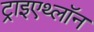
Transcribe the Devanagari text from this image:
ट्राइएथ्लॉन